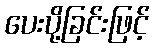
ပေးပို့ခြင်းဖြင့်